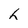
Character: h